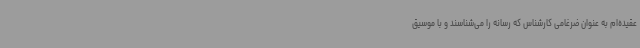
عقیده‌ام به عنوان ضرغامی کارشناس که رسانه را می‌شناسند و با موسیق